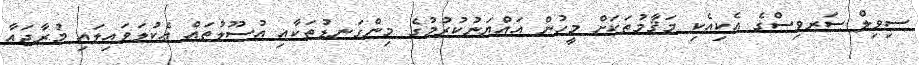
ސިވިލް ސަރވިސްގެ އެކިއެކި މަޤާމުތަކަށް މީހުން އައްޔަނުކުރުމުގެ މިންގަނޑުތަކާއި އުސޫލުތައް އެކުލަވައިލައި މުރާޖަޢާ